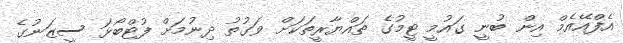
އެފްއޭއެމް އިން ބުނީ ގައުމީ ޓީމުގެ ތައްޔާރީތަކަށް ވަގުތު ދިނުމަށް ފުޓްބޯޅަ ސީޒަނުގެ